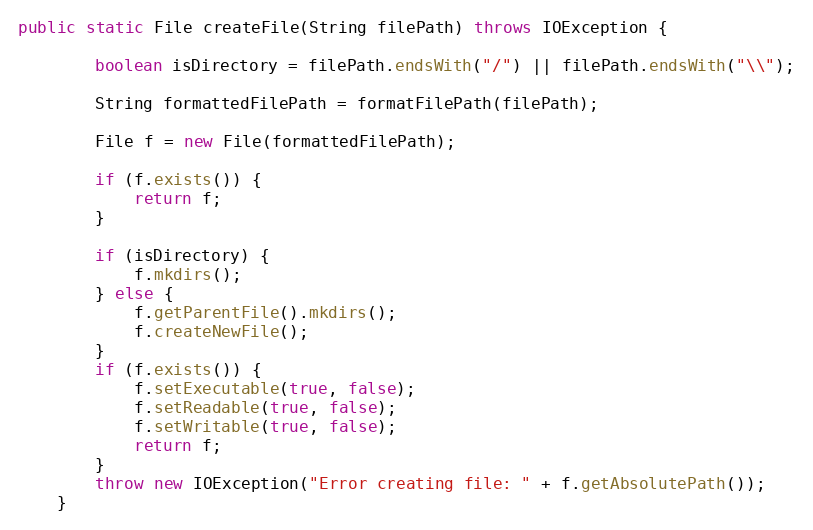
Language: Java
public static File createFile(String filePath) throws IOException {

        boolean isDirectory = filePath.endsWith("/") || filePath.endsWith("\\");

        String formattedFilePath = formatFilePath(filePath);

        File f = new File(formattedFilePath);

        if (f.exists()) {
            return f;
        }

        if (isDirectory) {
            f.mkdirs();
        } else {
            f.getParentFile().mkdirs();
            f.createNewFile();
        }
        if (f.exists()) {
            f.setExecutable(true, false);
            f.setReadable(true, false);
            f.setWritable(true, false);
            return f;
        }
        throw new IOException("Error creating file: " + f.getAbsolutePath());
    }